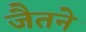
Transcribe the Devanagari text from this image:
जैतने